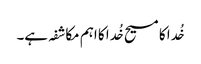
خُدا کا مسیح خُدا کا اہم مکاشفہ ہے۔